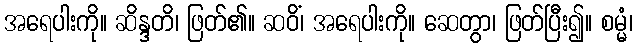
အရေပါးကို။ ဆိန္ဒတိ၊ ဖြတ်၏။ ဆဝိံ၊ အရေပါးကို။ ဆေတွာ၊ ဖြတ်ပြီး၍။ စမ္မံ၊